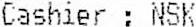
CASHIER : NSK